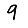
Digit: 9